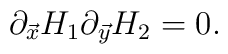
\partial_{\vec{x}}H_{1}\partial_{\vec{y}}H_{2}=0.